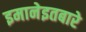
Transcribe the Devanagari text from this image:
इमानेइतबारे